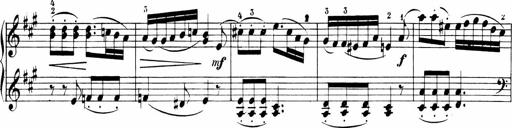
Title: Sonatinen Op.47, 98 und 136, nebst 6 Liedersonatinen
Composer: Carl Reinecke